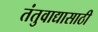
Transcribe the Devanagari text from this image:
तंतुवाद्यासाठी